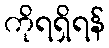
ကိုရရှိရန်